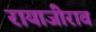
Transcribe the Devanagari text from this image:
रायाजीराव